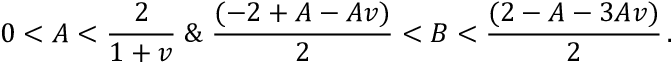
0 < A < \frac { 2 } { 1 + v } \; \& \; \frac { ( - 2 + A - A v ) } { 2 } < B < \frac { ( 2 - A - 3 A v ) } { 2 } \, .